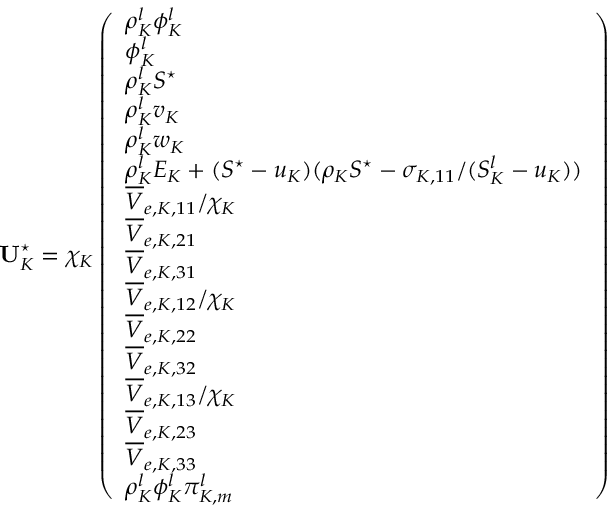
\mathbf { U } _ { K } ^ { \star } = \chi _ { K } \left( \begin{array} { l } { \rho _ { K } ^ { l } \phi _ { K } ^ { l } } \\ { \phi _ { K } ^ { l } } \\ { \rho _ { K } ^ { l } S ^ { \star } } \\ { \rho _ { K } ^ { l } v _ { K } } \\ { \rho _ { K } ^ { l } w _ { K } } \\ { \rho _ { K } ^ { l } E _ { K } + ( S ^ { \star } - u _ { K } ) ( \rho _ { K } S ^ { \star } - \sigma _ { K , 1 1 } / ( S _ { K } ^ { l } - u _ { K } ) ) } \\ { \overline { { V } } _ { e , K , 1 1 } / \chi _ { K } } \\ { \overline { { V } } _ { e , K , 2 1 } } \\ { \overline { { V } } _ { e , K , 3 1 } } \\ { \overline { { V } } _ { e , K , 1 2 } / \chi _ { K } } \\ { \overline { { V } } _ { e , K , 2 2 } } \\ { \overline { { V } } _ { e , K , 3 2 } } \\ { \overline { { V } } _ { e , K , 1 3 } / \chi _ { K } } \\ { \overline { { V } } _ { e , K , 2 3 } } \\ { \overline { { V } } _ { e , K , 3 3 } } \\ { \rho _ { K } ^ { l } \phi _ { K } ^ { l } \pi _ { K , m } ^ { l } } \end{array} \right)